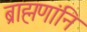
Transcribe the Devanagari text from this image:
ब्राह्मणांनि